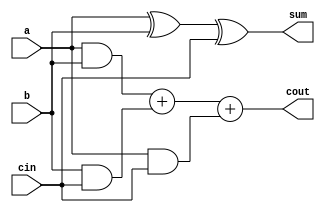
// Code your design here
// Code your design here
module full_addr(a,b,cin,sum,cout);
input a,b,cin;
output sum,cout;
  
  assign sum   = a ^ b ^ cin;
  assign cout = (a & b) + (b & cin) + (a & cin);

endmodule